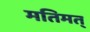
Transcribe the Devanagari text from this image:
मतिमत्‌